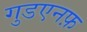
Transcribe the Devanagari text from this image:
गुडएनफ़